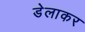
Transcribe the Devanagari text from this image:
डेलाकर